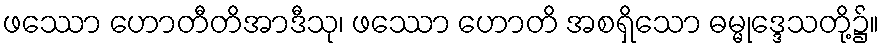
ဖဿော ဟောတီတိအာဒီသု၊ ဖဿော ဟောတိ အစရှိသော ဓမ္မုဒ္ဒေသတို့၌။